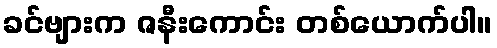
ခင်ဗျားက ဇနီးကောင်း တစ်ယောက်ပါ။